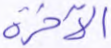
الآخرة